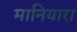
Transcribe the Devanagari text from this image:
मानियारा